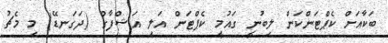
ބަކާއަށް ކެޕްޓަންކަން ލިބުނީ ގައުމީ ކެޕްޓަން އަލީ އަޝްފާގް (ދަގަނޑޭ) މި މެޗު